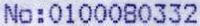
NO:0100080332